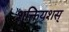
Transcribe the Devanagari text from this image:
शक्तियशस्